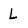
Character: L